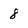
Character: 8